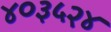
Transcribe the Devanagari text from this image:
४०३५२४